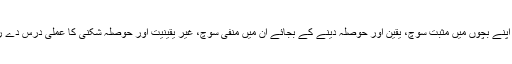
ماں باپ اپنے بچوں میں مثبت سوچ، یقین اور حوصلہ دینے کے بجائے ان میں منفی سوچ، غیر یقینیت اور حوصلہ شکنی کا عملی درس دے رہے ہیں۔